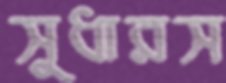
সুধারস